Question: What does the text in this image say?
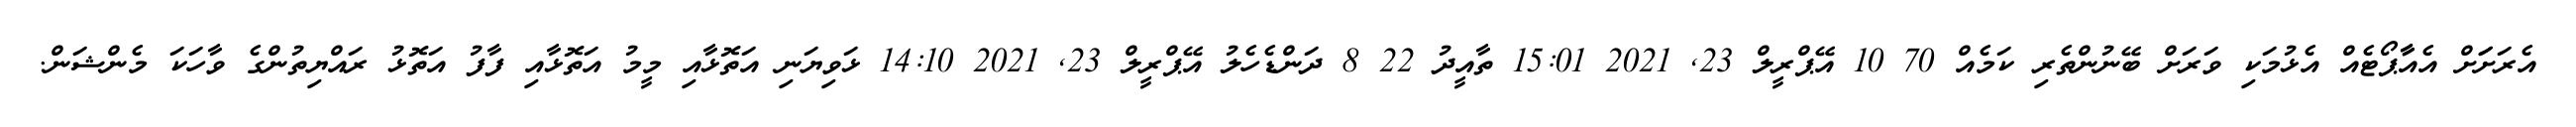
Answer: އެރަށަަށް އެއާާޕޯޓެއް އެޅުމަކި ވަރަށް ބޭނުންތެރި ކަމެއް 70 10 އޭޕްރީލް 23, 2021 15:01 ތާއީދު 22 8 ދަންޑެހެލު އޭޕްރީލް 23, 2021 14:10 ޅަވިޔަނި އަތޮޅާއި މީމު އަތޮޅާއި ފާފު އަތޮޅު ރައްޔިތުންގެ ވާހަކަ މެންޝަން.